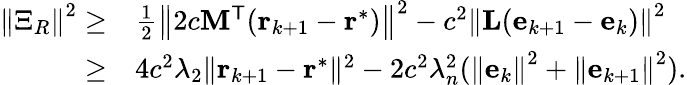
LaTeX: \begin{array}{rl}{\left\| \Xi_{R}\right\| ^{2}\geq}&{\frac{1}{2}\left\| 2c\mathbf{M}^{\mathsf{T}}(\mathbf{r}_{k+1}-\mathbf{r}^{\ast})\right\| ^{2}-c^{2}\left\| \mathbf{L}(\mathbf{e}_{k+1}-\mathbf{e}_{k})\right\| ^{2}}\\ {\geq}&{4c^{2}\lambda_{2}\| \mathbf{r}_{k+1}-\mathbf{r}^{\ast}\| ^{2}-2c^{2}\lambda_{n}^{2}(\left\| \mathbf{e}_{k}\right\| ^{2}+\left\| \mathbf{e}_{k+1}\right\| ^{2}).}\end{array}